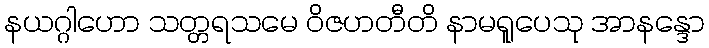
နယဂ္ဂါဟော သတ္တရသမေ ဝိဇဟတီတိ နာမရူပေသု အာနန္ဒော